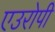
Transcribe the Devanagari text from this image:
एउरोपी